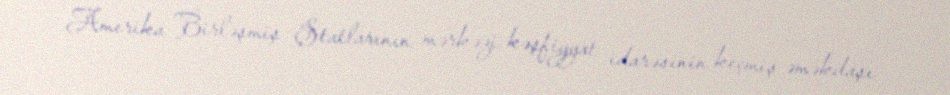
Amerika Birləşmiş Ştatlarının mərkəzi kəşfiyyat idarəsinin keçmiş əməkdaşı